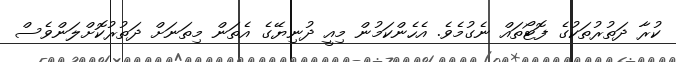
ކުރާ ދަތުރުތަކުގެ ފޮޓޯތައް ނެގުމެވެ. އެހެންކަމުން މިއީ ދުނިޔޭގެ އެތަން މިތަނަށް ދަތުރުކޮށްލަންވެސް